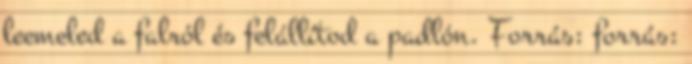
leemeled a falról és felállítod a padlón. Forrás: forrás: